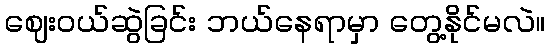
ဈေးဝယ်ဆွဲခြင်း ဘယ်နေရာမှာ တွေ့နိုင်မလဲ။